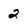
Character: 2